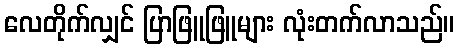
လေတိုက်လျှင် ပြာဖြူဖြူများ လုံးတက်လာသည်။